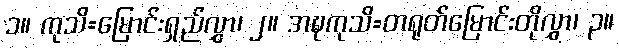
၁။ ကုသိ=မြောင်းရှည်လွှာ၊ ၂။ အဍ္ဎကုသိ=တရုတ်မြောင်းတိုလွှာ၊ ၃။